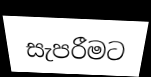
සැපරීමට